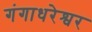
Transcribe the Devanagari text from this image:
गंगाधरेश्वर